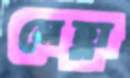
নেহ্লা